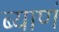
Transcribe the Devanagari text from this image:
ब्याणं